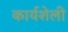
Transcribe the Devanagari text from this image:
कार्यशेली